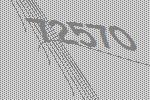
72570